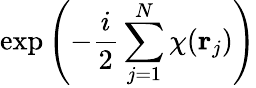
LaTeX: \exp\left(-{\frac{i}{2}}\sum_{j=1}^{N}\chi({\mathbf r}_{j})\right)